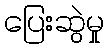
ပြေးဆွဲမှု